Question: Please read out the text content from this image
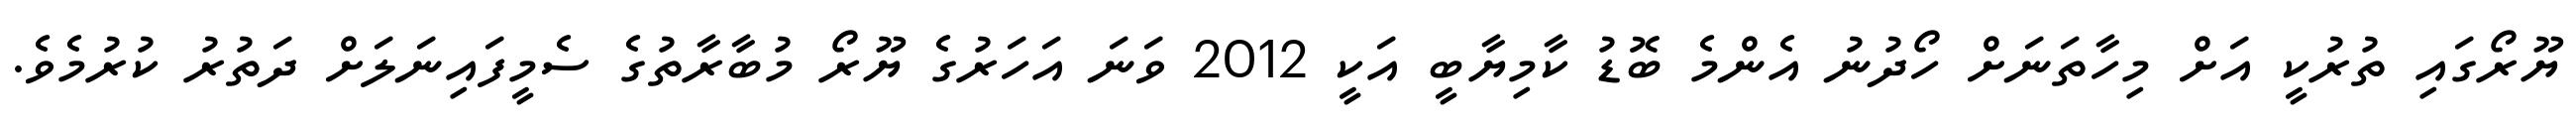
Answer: ޔޫރޯގައި ތުރުކީ އަށް މިހާތަނަށް ހޯދުނު އެންމެ ބޮޑު ކާމިޔާބީ އަކީ 2012 ވަނަ އަހަރުގެ ޔޫރޯ މުބާރާތުގެ ސެމީފައިނަލަށް ދަތުރު ކުރުމެވެ.